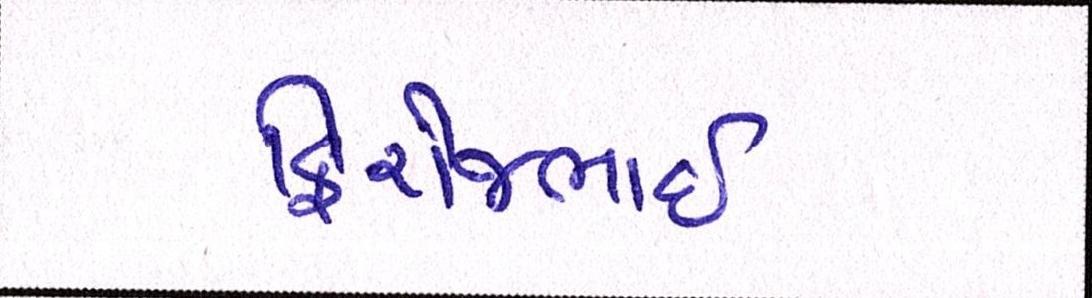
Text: ફિરોજભાઇ